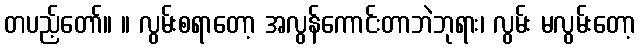
တပည့်တော်။ ။ လွမ်းစရာတော့ အလွန်ကောင်းတာဘဲဘုရား၊ လွမ်း မလွမ်းတော့